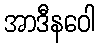
အာဒီနဝေါ